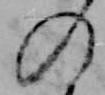
の